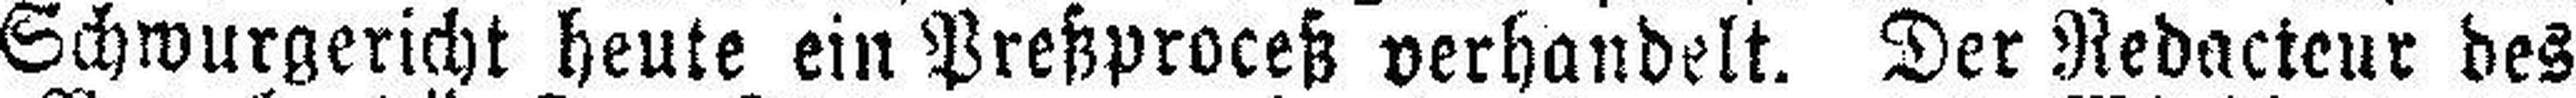
Schwurgericht heute ein Preßproceß verhandelt. Der Redacteur des